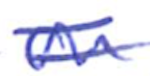
Text: on
Cross-out: double-line
Writing tool: ballpoint